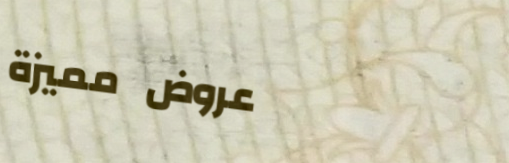
عروض مميزة